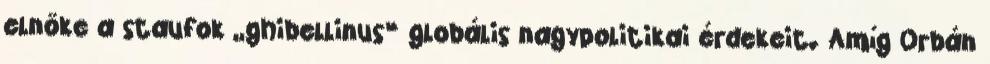
elnöke a staufok „ghi­bellinus” globális nagypoliti­kai ér­dekeit. Amíg Orbán